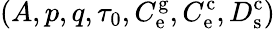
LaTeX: (A,p,q,\tau_{0},C_{\mathrm{e}}^{\mathrm{g}},C_{\mathrm{e}}^{\mathrm{c}},D_{\mathrm{s}}^{\mathrm{c}})